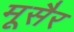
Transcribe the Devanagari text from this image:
मूसैर